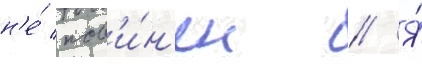
н'е́ пов'и́н'ен // Я́